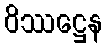
ဝိဿဋ္ဌေန